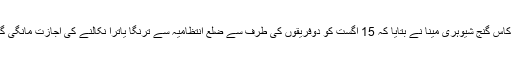
ایس پی کاس گنج شیوہری مینا نے بتایا کہ 15 اگست کو دوفریقوں کی طرف سے ضلع انتظامیہ سے ترنگا یاترا نکالنے کی اجازت مانگی گئی تھی۔